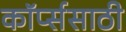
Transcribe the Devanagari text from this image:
कॉर्प्ससाठी